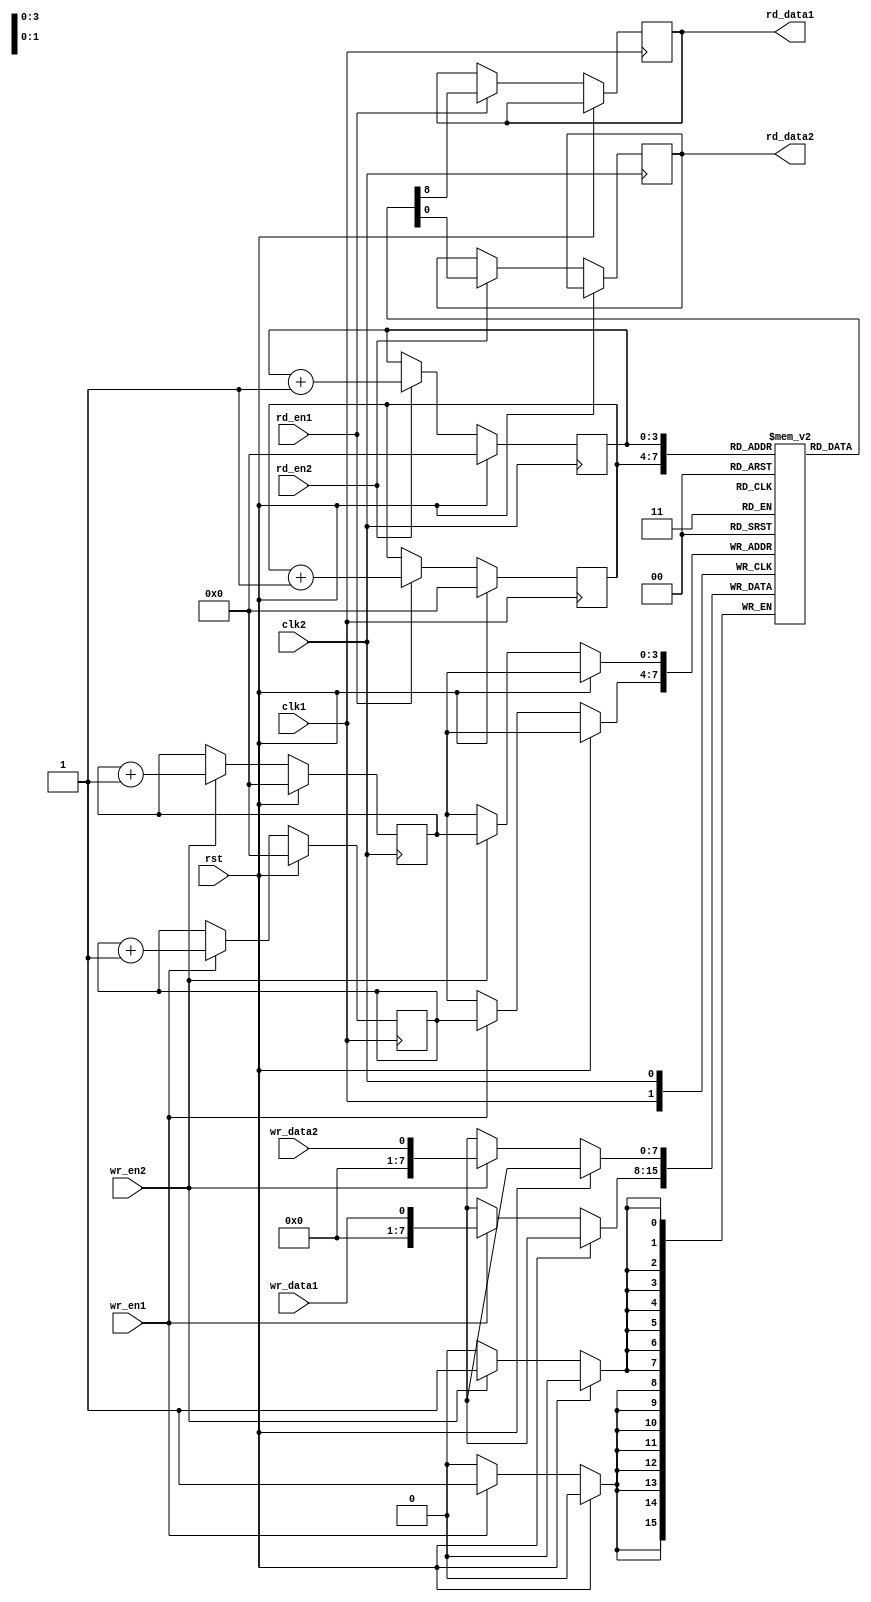
module DualPortFIFO (
    input wire clk1, // Clock signal for port 1
    input wire clk2, // Clock signal for port 2
    input wire rst,  // Reset signal
    input wire wr_en1, // Write enable signal for port 1
    input wire rd_en1, // Read enable signal for port 1
    input wire wr_data1, // Data input for port 1
    output reg rd_data1, // Data output for port 1
    input wire wr_en2, // Write enable signal for port 2
    input wire rd_en2, // Read enable signal for port 2
    input wire wr_data2, // Data input for port 2
    output reg rd_data2 // Data output for port 2
);

reg [7:0] fifo_buffer [0:15]; // 16-element FIFO buffer
reg [3:0] wr_ptr1, wr_ptr2; // Write pointers for port 1 and domain 2
reg [3:0] rd_ptr1, rd_ptr2; // Read pointers for port 1 and domain 2

always @(posedge clk1) begin
    if (rst) begin
        wr_ptr1 <= 4'b0000;
        rd_ptr1 <= 4'b0000;
    end else begin
        if (wr_en1) begin
            fifo_buffer[wr_ptr1] <= wr_data1;
            wr_ptr1 <= wr_ptr1 + 1;
        end
        if (rd_en1) begin
            rd_data1 <= fifo_buffer[rd_ptr1];
            rd_ptr1 <= rd_ptr1 + 1;
        end
    end
end

always @(posedge clk2) begin
    if (rst) begin
        wr_ptr2 <= 4'b0000;
        rd_ptr2 <= 4'b0000;
    end else begin
        if (wr_en2) begin
            fifo_buffer[wr_ptr2] <= wr_data2;
            wr_ptr2 <= wr_ptr2 + 1;
        end
        if (rd_en2) begin
            rd_data2 <= fifo_buffer[rd_ptr2];
            rd_ptr2 <= rd_ptr2 + 1;
        end
    end
end

endmodule